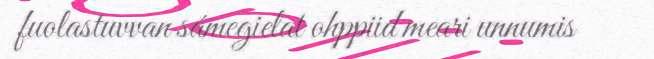
fuolastuvvan sámegielat ohppiid meari unnumis